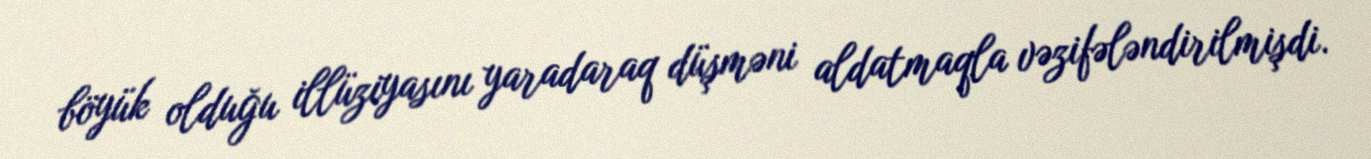
böyük olduğu illüziyasını yaradaraq düşməni aldatmaqla vəzifələndirilmişdi.